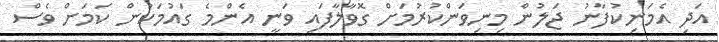
އަދި އެމަނިކުފާނު ޖަލުން މިނިވަންކުރުމަށް ގޮވާލާފައި ވަނީ އެންމެ ގައުމަކުން ކަމަށް ވެސް